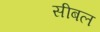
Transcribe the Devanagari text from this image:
सीबल